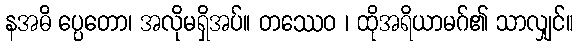
နအဓိ ပ္ပေတော၊ အလိုမရှိအပ်။ တဿေဝ ၊ ထိုအရိယာမဂ်၏ သာလျှင်။